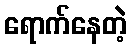
ရောက်နေတဲ့